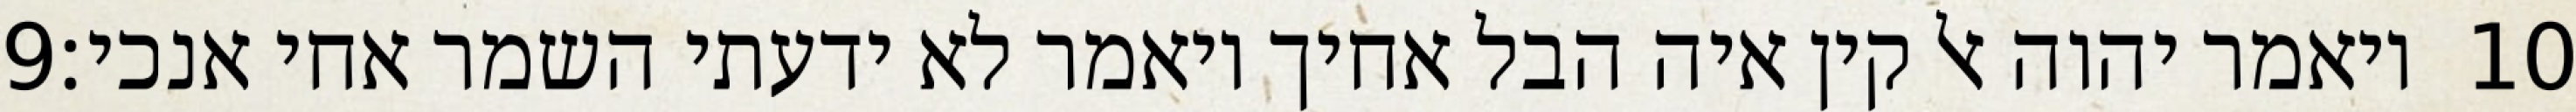
‎9‏ ויאמר יהוה אל קין איה הבל אחיך ויאמר לא ידעתי השמר אחי אנכי׃ ‎10‏